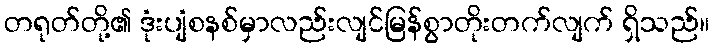
တရုတ်တို့၏ ဒုံးပျံစနစ်မှာလည်းလျင်မြန်စွာတိုးတက်လျက် ရှိသည်။